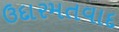
ઉદારમતવાદ